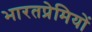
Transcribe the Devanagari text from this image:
भारतप्रेमियों